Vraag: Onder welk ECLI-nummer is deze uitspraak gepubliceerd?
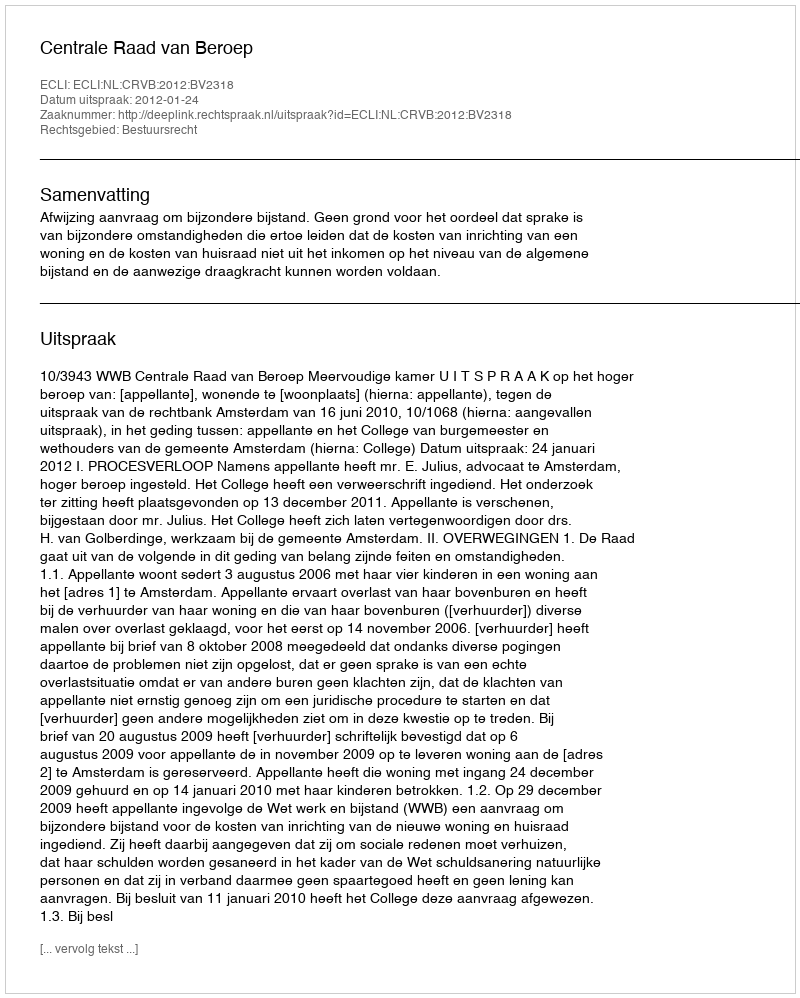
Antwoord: ECLI:NL:CRVB:2012:BV2318